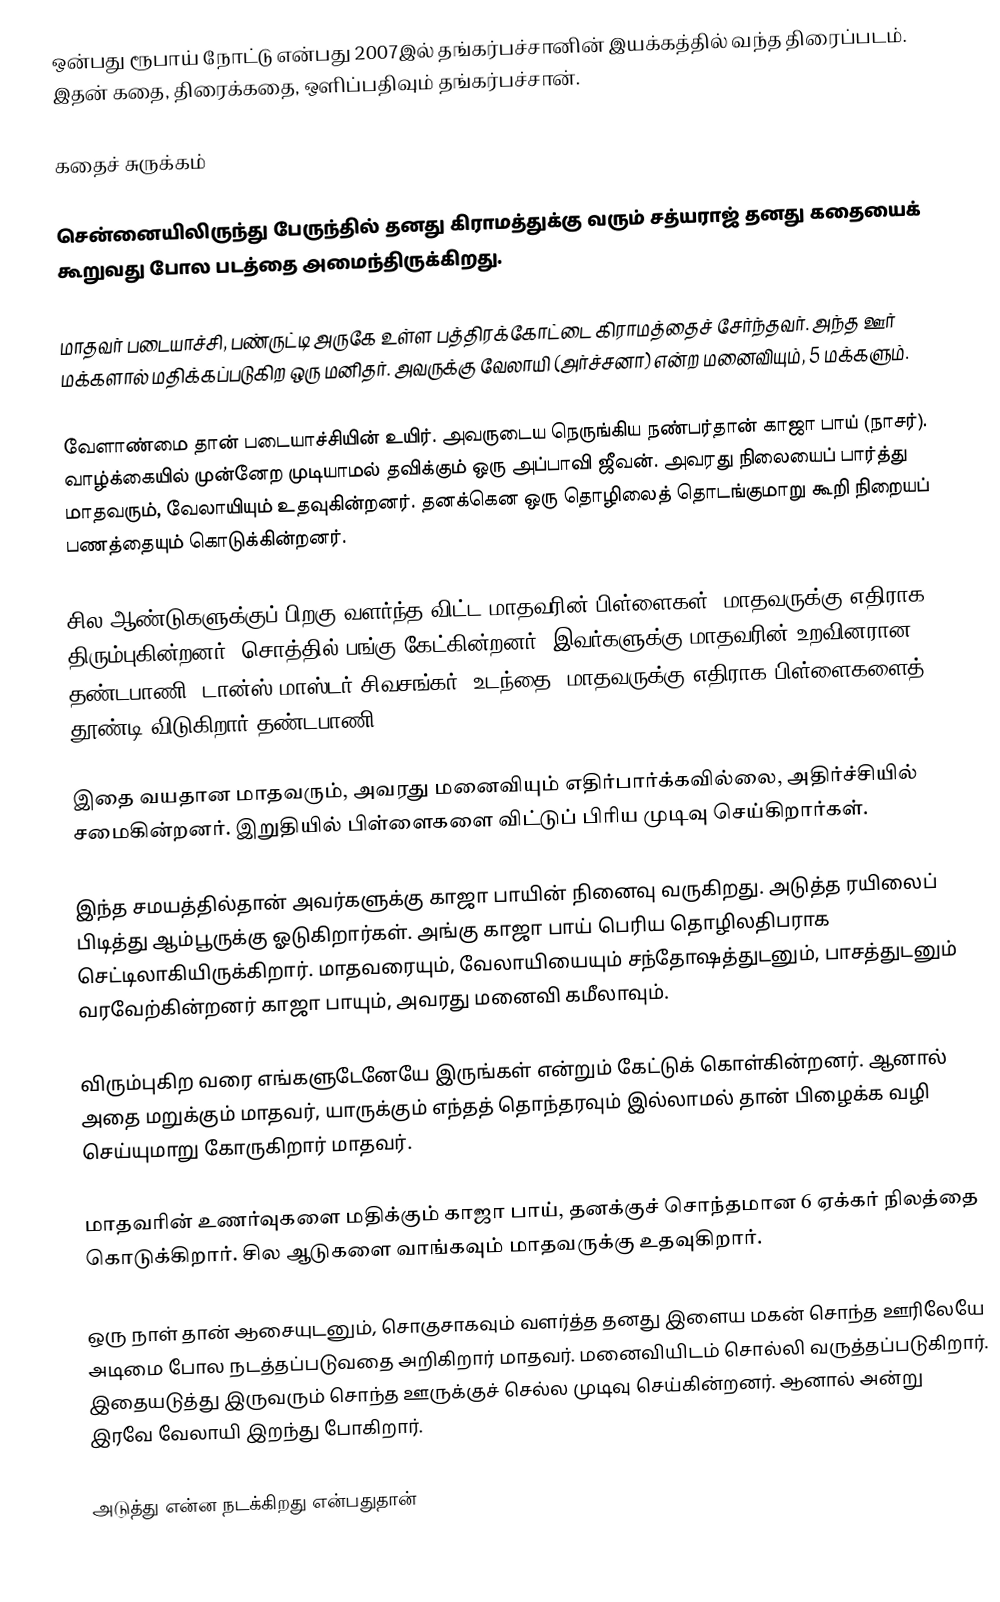
ஒன்பது ரூபாய் நோட்டு என்பது 2007இல் தங்கர்பச்சானின் இயக்கத்தில் வந்த திரைப்படம். இதன் கதை, திரைக்கதை, ஒளிப்பதிவும் தங்கர்பச்சான்.

கதைச் சுருக்கம்

சென்னையிலிருந்து பேருந்தில் தனது கிராமத்துக்கு வரும் சத்யராஜ் தனது கதையைக் கூறுவது போல படத்தை அமைந்திருக்கிறது.

மாதவர் படையாச்சி, பண்ருட்டி அருகே உள்ள பத்திரக்கோட்டை கிராமத்தைச் சேர்ந்தவர். அந்த ஊர் மக்களால் மதிக்கப்படுகிற ஒரு மனிதர். அவருக்கு வேலாயி (அர்ச்சனா) என்ற மனைவியும், 5 மக்களும்.

வேளாண்மை தான் படையாச்சியின் உயிர். அவருடைய நெருங்கிய நண்பர்தான் காஜா பாய் (நாசர்). வாழ்க்கையில் முன்னேற முடியாமல் தவிக்கும் ஒரு அப்பாவி ஜீவன். அவரது நிலையைப் பார்த்து மாதவரும், வேலாயியும் உதவுகின்றனர். தனக்கென ஒரு தொழிலைத் தொடங்குமாறு கூறி நிறையப் பணத்தையும் கொடுக்கின்றனர்.

சில ஆண்டுகளுக்குப் பிறகு வளர்ந்த விட்ட மாதவரின் பிள்ளைகள், மாதவருக்கு எதிராக திரும்புகின்றனர். சொத்தில் பங்கு கேட்கின்றனர். இவர்களுக்கு மாதவரின் உறவினரான தண்டபாணி (டான்ஸ் மாஸ்டர் சிவசங்கர்) உடந்தை. மாதவருக்கு எதிராக பிள்ளைகளைத் தூண்டி விடுகிறார் தண்டபாணி.

இதை வயதான மாதவரும், அவரது மனைவியும் எதிர்பார்க்கவில்லை, அதிர்ச்சியில் சமைகின்றனர். இறுதியில் பிள்ளைகளை விட்டுப் பிரிய முடிவு செய்கிறார்கள்.

இந்த சமயத்தில்தான் அவர்களுக்கு காஜா பாயின் நினைவு வருகிறது. அடுத்த ரயிலைப் பிடித்து ஆம்பூருக்கு ஓடுகிறார்கள். அங்கு காஜா பாய் பெரிய தொழிலதிபராக செட்டிலாகியிருக்கிறார். மாதவரையும், வேலாயியையும் சந்தோஷத்துடனும், பாசத்துடனும் வரவேற்கின்றனர் காஜா பாயும், அவரது மனைவி கமீலாவும்.

விரும்புகிற வரை எங்களுடேனேயே இருங்கள் என்றும் கேட்டுக் கொள்கின்றனர். ஆனால் அதை மறுக்கும் மாதவர், யாருக்கும் எந்தத் தொந்தரவும் இல்லாமல் தான் பிழைக்க வழி செய்யுமாறு கோருகிறார் மாதவர்.

மாதவரின் உணர்வுகளை மதிக்கும் காஜா பாய், தனக்குச் சொந்தமான 6 ஏக்கர் நிலத்தை கொடுக்கிறார். சில ஆடுகளை வாங்கவும் மாதவருக்கு உதவுகிறார்.

ஒரு நாள் தான் ஆசையுடனும், சொகுசாகவும் வளர்த்த தனது இளைய மகன் சொந்த ஊரிலேயே அடிமை போல நடத்தப்படுவதை அறிகிறார் மாதவர். மனைவியிடம் சொல்லி வருத்தப்படுகிறார். இதையடுத்து இருவரும் சொந்த ஊருக்குச் செல்ல முடிவு செய்கின்றனர். ஆனால் அன்று இரவே வேலாயி இறந்து போகிறார்.

அடுத்து என்ன நடக்கிறது என்பதுதான்